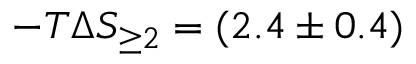
- T \Delta S _ { \geq 2 } = ( 2 . 4 \pm 0 . 4 )